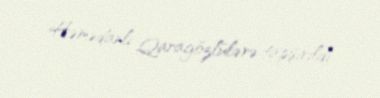
Həmədanlı Qaragözlülərə tapşırıldı.